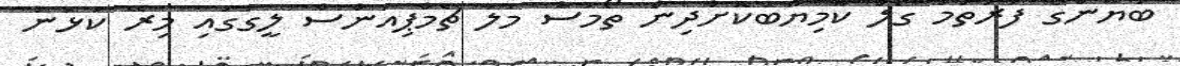
ބަޔާންގެ ފުރަތަމަ ގޯލް ކާމިޔާބުކޮށްދިން ތޯމަސް މުލާ ޗެމްޕިއަންސް ލީގުގައި މިރޭ ކުޅުނު